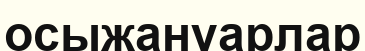
осыжануарлар